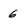
Character: 6